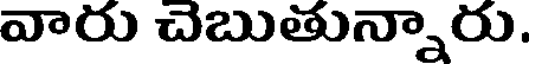
వారు చెబుతున్నారు.